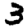
Digit: 3